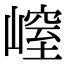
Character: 𡻜